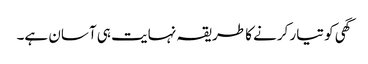
گھی کو تیار کرنے کا طریقہ نہایت ہی آسان ہے۔